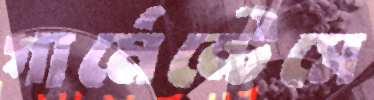
গার্মেন্টেসে